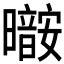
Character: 𰖷